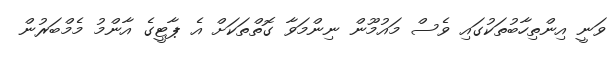
ވަނީ އިންތިހާބުތަކުގައި ވެސް މައުމޫން ނިންމަވާ ގޮތްތަކަށް އެ ޕާޓީގެ އާންމު މެމްބަރުން